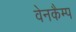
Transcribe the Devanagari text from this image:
वेनकैम्प